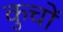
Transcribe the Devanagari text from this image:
कुचों